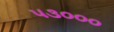
૫૩૦૦૦